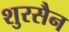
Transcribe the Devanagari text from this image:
शुरसैन